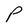
Character: P